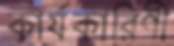
কার্যকারিণী